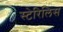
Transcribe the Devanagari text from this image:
स्टेरिलिस